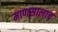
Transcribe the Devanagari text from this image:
माणसालाच